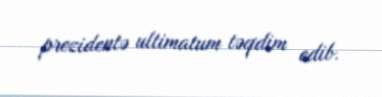
prezidentə ultimatum təqdim edib.